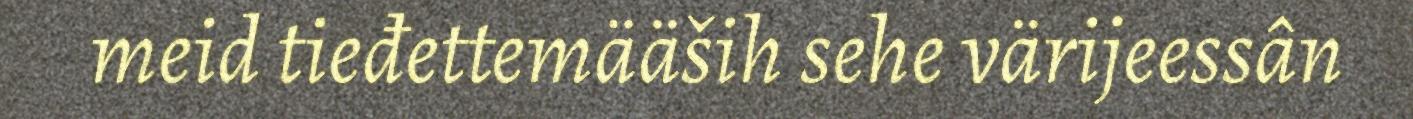
meid tieđettemääših sehe värijeessân